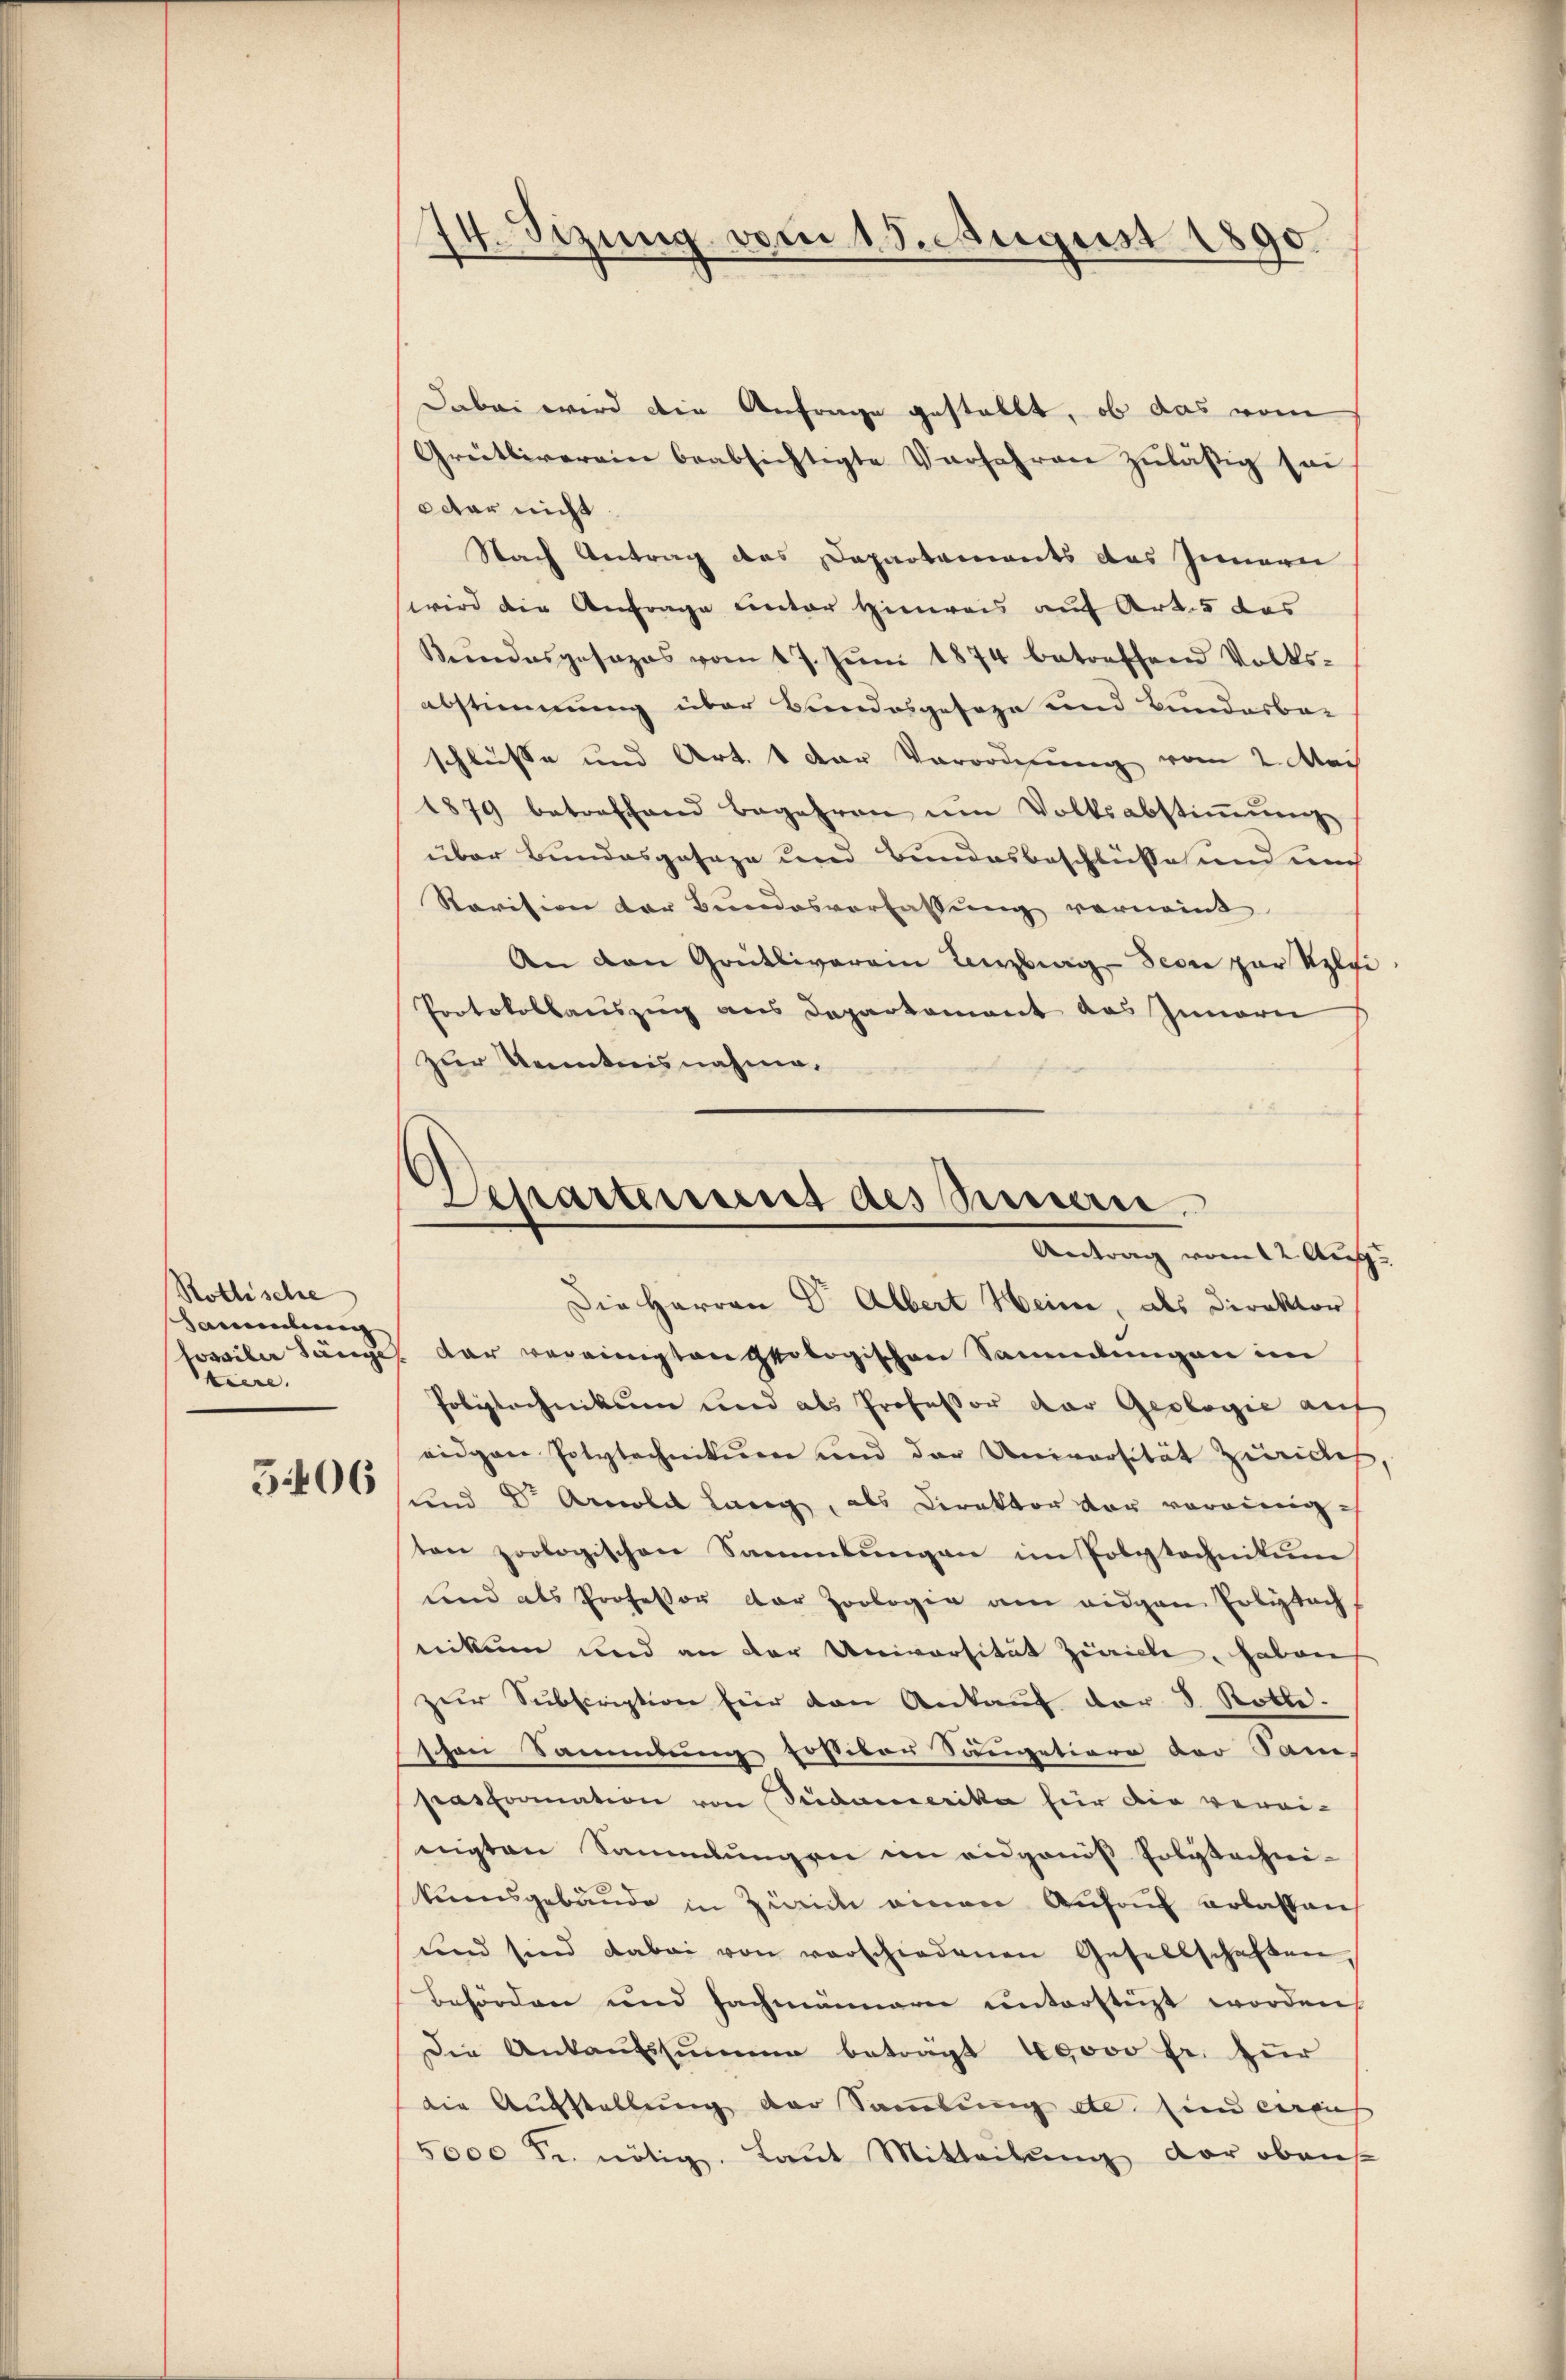
Rothische
Sansehung
Fossilen Sänge
tiere.

506

14. Sizung vom 15. August 1890.

Dabei wird die Anfrage gestellt, ob das vom
Grütliverein beabsichtigte Verfahren zuläßig sei
ttar nicht
Nach Antrag des Departements das Innern
wird die Anfrage unter Hinweis auf Art. 5 das
Bŭndesgesezes vom 17. Jŭni 1874 betreffend Volks-
abstimmung über Bundesgeseze und Bunderbar
schlusse und Art. 1 der Verordnung vom 2. Mai
1879 betreffend Begehren ŭm Volksabstiṁŭng
über Bundesgesage und Bundesbeschlüsse und auch
Ravision der Bundesverfassung vornennt
An den Grütliverain Teilung Sever par Klei
Protokollauszug aus Departement des Innern
zur Kenntnisnahme.
Die Herren Dr. Albert Heine, als Direktor
dar vereinigten geologischen Sammlungen im
Polytechnikum und als Professor der Geologie auf
eidgen Polytechnikum und der Universität Züriches
und Dr. Arnold Lang, als Direktor vor voreinig
ton zoologischen Sammlungen im Polytechnikum
und als Professor der Zoologie am eidgen Erlebach,
nikum und an der Universität Ziville, haben
zur Subscription für den Ankauf der 3. Rotte.
schen Sammlung postikar Sumetiore der Pani,
pasformation von Seidacecerika für die verei-
nigten Sammlungen im eidganis Polytechni-
kuensgebäude in Zürich einen Aufruf erlassen
und sind dabei von verschiedenen Gesellschaften,
Behörden und Fachmännere unterstüzt worden
Die Ankaufssumme beträgt 40000 fr. für
die Aufstellung der Sammlung etc. sind erreich
5000 Fr. nötig. Laut Mitteilung der oben

Departement des Seinen
Antrag vom 12. Aug.